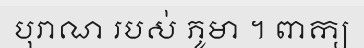
បុរាណ របស់ ភូមា ។ ពាក្យ